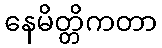
နေမိတ္တိကတာ